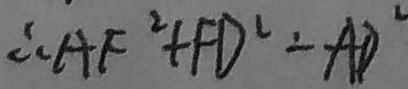
\therefore A F ^ { 2 } + F D ^ { 2 } - A D ^ { 2 }